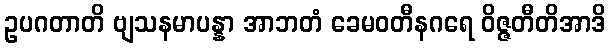
ဥပဂတာတိ ဗျသနမာပန္နာ အာဘတံ ခေမဝတီနဂရေ ဝိဇ္ဇတီတိအာဒိ